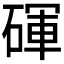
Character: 𬒚